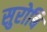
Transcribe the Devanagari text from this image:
सुरोबि